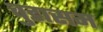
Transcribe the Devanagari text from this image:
चुडासम